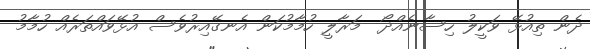
ދެން ތިއުޅޭ ވަކީލު ހިސާނެއްދޯ  މަރާލީ ހުމާމުކަން އެނގޭއިރުވެސް އުޅޭވައްތަރެއް ހުމާމު